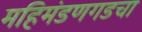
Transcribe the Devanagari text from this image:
महिमंडणगडचा